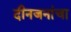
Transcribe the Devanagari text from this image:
दीनजनांचा